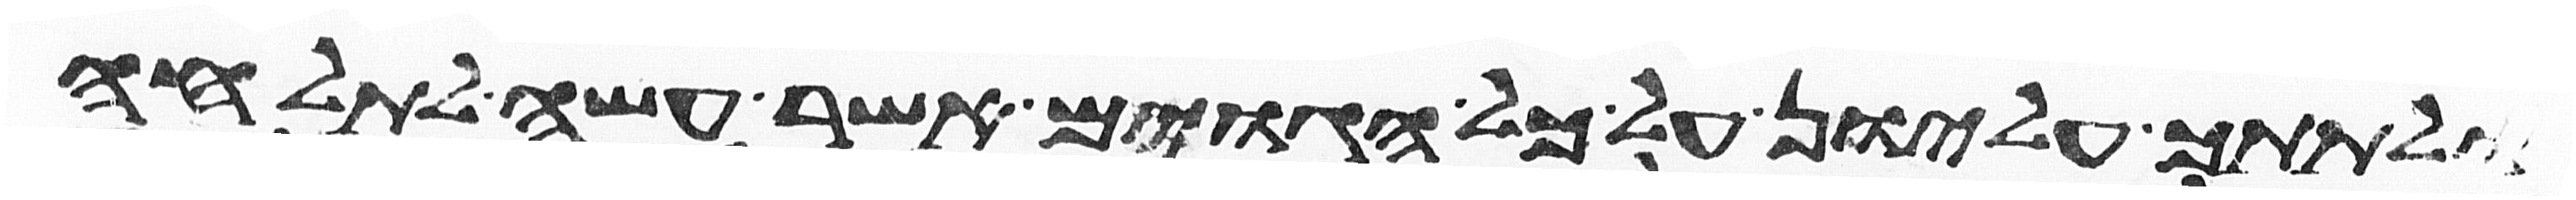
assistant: ולתתך עליון על כל הגוים אשר עשה לתהלה